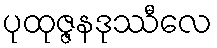
ပုထုဇ္ဇနဒုဿီလေ